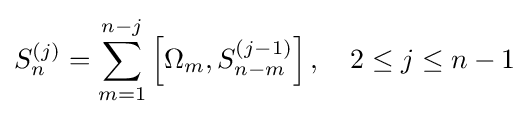
S_{n}^{(j)}=\sum _{m=1}^{n-j}\left[\Omega _{m},S_{n-m}^{(j-1)}\right],\quad 2\leq j\leq n-1